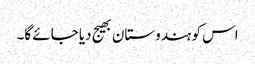
اس کو ہندوستان بھیج دیا جائے گا۔